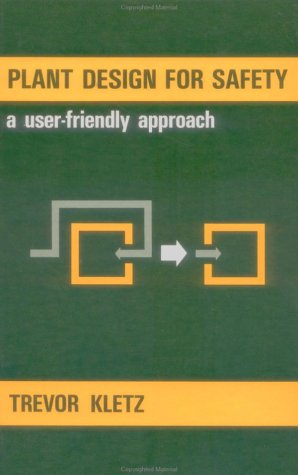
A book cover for Plant Design For Safety: A User-Friendly Approach; Trevor A. Kletz; Science & Math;